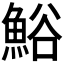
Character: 𩷝